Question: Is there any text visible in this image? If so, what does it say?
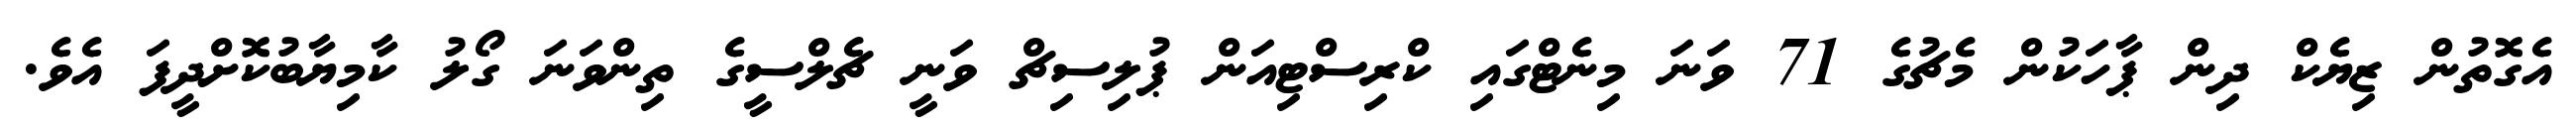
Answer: އެގޮތުން ޒިޔެކް ދިން ޕާހަކުން މެޗުގެ 71 ވަނަ މިނެޓްގައި ކްރިސްޓިއަން ޕުލިސިޗް ވަނީ ޗެލްސީގެ ތިންވަނަ ގޯލު ކާމިޔާބުކޮށްދީފަ އެވެ.